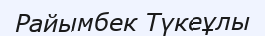
Райымбек Түкеұлы